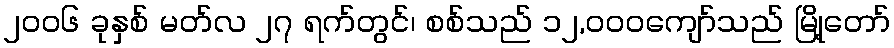
၂၀၀၆ ခုနှစ် မတ်လ ၂၇ ရက်တွင်၊ စစ်သည် ၁၂,၀၀၀ကျော်သည် မြို့တော်